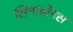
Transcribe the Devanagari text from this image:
सिनांथ्रोपस